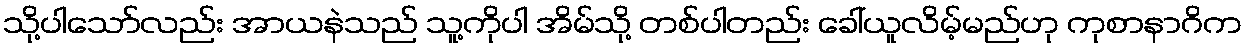
သို့ပါသော်လည်း အာယနဲသည် သူ့ကိုပါ အိမ်သို့ တစ်ပါတည်း ခေါ်ယူလိမ့်မည်ဟု ကုစာနာဂိက